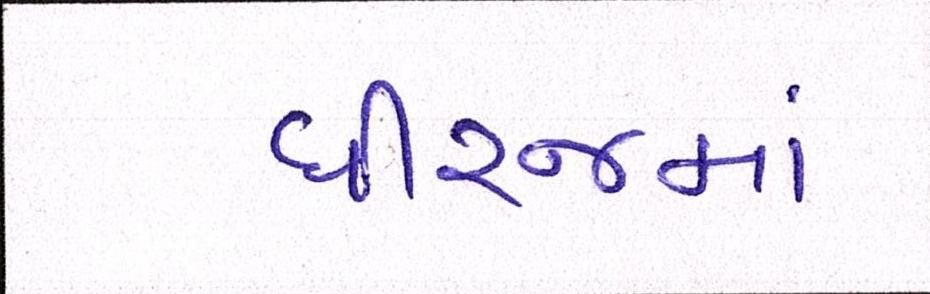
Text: ધીરજમાં